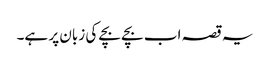
یہ قصہ اب بچے بچے کی زبان پر ہے۔